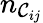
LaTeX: n_{\mathcal{C}_{ij}}